Medical and sanitary report of the native army of Madras for the year
Year: 1877
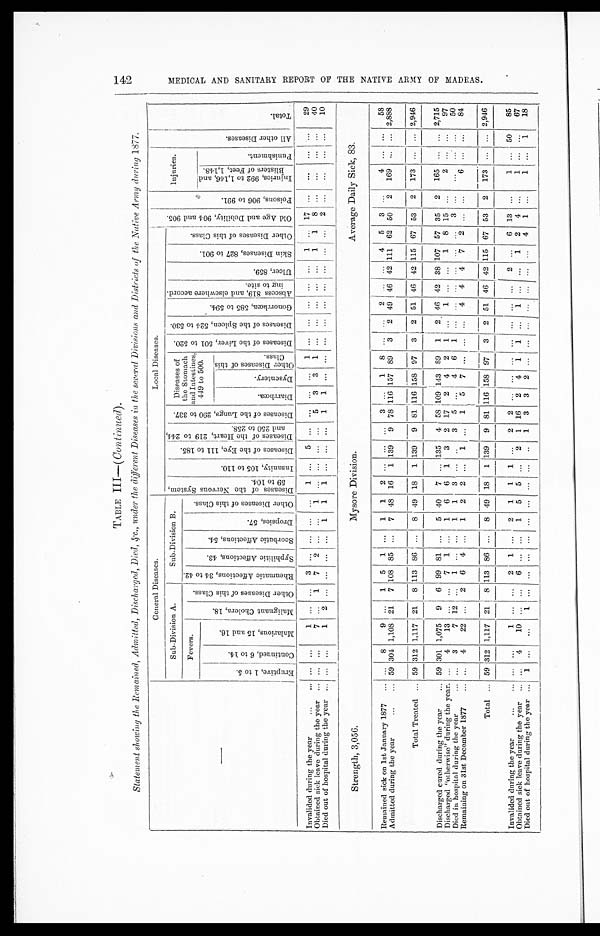
TABLE III—(Continued).
Statement showing the Remained, Admitted, Discharged, Died, &c., under the different Diseases in the several Divisions and Districts of the Native Army during 1877.
—
General Diseases.
L o c a l D i s e a s e s .
O l d A g e a n d D e b i l i t y , 9 0 4 a n d 9 0 5 .
P o i s o n s , 9 0 6 t o 9 9 1 .
I n j u r i e s .
A l l o t h e r D i s e a s e s .
T o t a l .
S u b - D i v i s i o n A .
S u b - D i v i s i o n B .
D i s e a s e s o f t h e N e r v o u s S y a t e m , 5 9 t o 1 0 4 .
I n s a n i t y , 1 0 5 t o 1 1 0 .
D i s e a s e s o f t h e E y e , 1 1 1 t o 1 8 5 .
D i s e a s e s o f t h e H e a r t , 2 1 9 t o 2 4 4 , a n d 2 5 0 t o 2 5 8 .
D i s e a s e s o f t h e L u n g s , 2 9 0 t o 3 3 7 .
Di seases of t he St omach and I nt est i nes, 449 t o 500.
D i s e a s e s o f t h e L i v e r , 5 0 1 t o 5 2 0 .
D i s e a s e s o f t h e S p l e a n , 5 2 4 t o 5 3 0 .
G o n o r r h œ a , 5 8 5 t o 5 9 4 .
A b s c e s s 8 1 9 , a n d e l s e w h e r e a c c o r d - i n g t o s i t e .
Ul c e r , 859.
S k i n D i s e a s e s , 8 2 7 t o 9 0 1 .
O t h e r D i s e a s e s o f t h i s C l a s s .
F e v e r s .
M a l i g n a n t C h o l e r a , 1 8 .
O t h e r D i s e a s e s o f t h i s C l a s s .
R h e u m a t i c A f f e c t i o n s , 3 4 t o 4 2 .
S y p h i l i t i c A f f e c t i o n s , 4 3 .
S c o r b u t i c A f f e c t i o n s , 5 4 .
D r o p s i c s , 5 7 .
O t h e r D i s e a s e s o f t h i s c l a s s .
I n j u r i e s , 9 9 2 t o 1 , 1 4 6 , a n d B l i s t e r s o f F e e t , 1 , 1 4 8 .
P u n i s h m e n t .
E r u p t i v e , 1 t o 5 .
C o n t i n u e d , 6 t o 1 4 .
M a l a r i o u s , 1 5 a n d 1 6 .
D i a r r h œ a .
D y s e b t e r y . O t h e r D i s e a s e s f o t h i s C l a s s .
Invalided during the year . . .
. . .
. . .
1 . . .
. . .
3
. . .
. . .
. . .
. . .
1
. . .
5
. . .. . .
. . .
. . .1
. . .
. . .
. . .
. . .
. . .
1
. . .
1 7
. . .
. . .
. . .
. . .
29
Obtained sick leave during the year . . .
. . .
. . .
7 . . . 1
7
2
. . . . . . 1
. . .
. . .
. . .
. . .5
3
3
1
. . .
. . .
. . .
. . .
. . .
1
1
8
. . .
. . .
. . .
. . .
40
Died out of hospital during the year . . .
. . .
. . .
1 2
. . .
. . .
. . .
. . . 1
1
1
. . .
. . .
. . .1
1
. . .
. . .
. . .
. . .
. . .
. . .
. . .
. . .
. . .
2
. . .
. . .
. . .
. . .
10
Strength, 3,056.
Mysore Division.
Average Daily Sick, 83.
Remained sick on 1st January 1877 . . .
. . .
8
9
. . .
1
5
1
. . .
1
1
2
. . .
. . .
. . .
3
. . .
1
8
. . .
. . .
2
. . .
. . .
4
5
3
. . .
4
. . .
. . .
58
Admitted during the year . . . 59 304 1,108
21
7 108 185
. . .
7
48
16
1 139
9
78 116 157
89
3
2
49 46
42 111
62
50
2
169
. . .
. . .
2,888
Total Treated . . . 59 312 1,117
21
8 113 86
. . .
8
49
18
1 139
9 81
116 158
97
3
2
51
46
42 115
67
53
2
173
. . .
. . . 2,946
Discharged cured during the year . . . 59 301 1,075
9
6
99
81
. . .
5
40
7
. . . 135
4
58
109 143
89
1
2. 46
42
38 107
57
35
2
165
. . .
. . . 2,715
Discharged "otherwise" during the year.
. . .
4
13
. . .
. . .
7
1
. . .
1
6
6
1
3
2
17
2
4
2
1
. . .
1
. . .
. . .
1
8
15
. . .
2
. . .
. . .
97
Died in hospital during the year . . .
. . .
3
7
12
. . .
1
. . .
. . .
1
1
3
. . .
. . .
3
5
. . .
4
6
1
. . .
. . .
. . .
. . .
. . .
. . .
3
. . .
. . .
. . .
. . .
50
Remaining on 31st December 1877 . . .
. . .
4
22
. . .
2
6
4
. . .
1
2
2
. . .
1
. . .
1 5
7
. . .
. . .
. . .
4
4
4
7
2
. . .
. . .
6
. . .
. . .
84
Total . . . 59 312 1,117
21
8 113
86
. . .
8
49
18
1 139
9
81 116 158
97
3
2
51
46 42 115
67
53
2
173
. . .
. . . 2,946
Invalided during the year . . .
. . .
. . .
1
. . . . . .
2
1
. . .
2
1
1
1
. . .
2
2
. . .
. . . . . .
. . .
. . .
. . .
. . .
2
. . .
6
13
. . .
1
. . .
50
85
Obtained sick leave during the year . . .
. . .
4
10
. . .
. . .
6
. . .
. . .
1
5
5
. . .
2
1
16
2
4
1
1
. . .
1
. . .
. . .
1
2
4
. . .
1
. . .
. . .
67
Died out of hospital during the year . . .
1
. . .
. . .
1
. . .
. . .
. . .
. . .. . .
. . .
. . .
. . .
. . .
1
3
3
2 . . .
. . .
. . .
. . .
. . .
. . .
. . .
4
1
. . .
1
. . .
1
18
1 4 2 M E D I C A L A N D S A N I T A R Y R E P O R T O F T H E N A T I V E A R M Y O F M A D R A S .